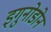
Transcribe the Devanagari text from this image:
इगुनोडोन